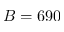
B = 6 9 0